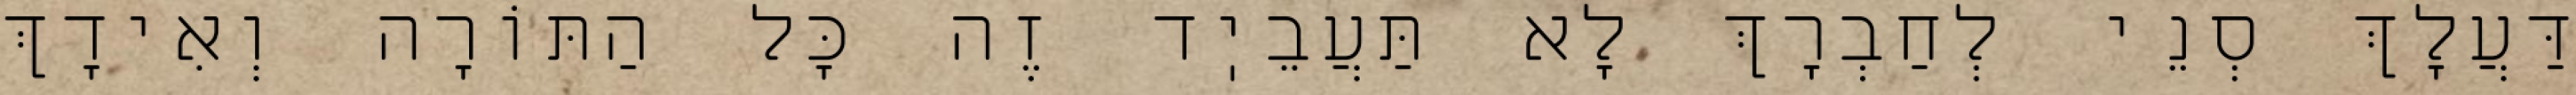
דַּעֲלָךְ סְנֵי לְחַבְרָךְ לָא תַּעֲבֵיֽד זֶה כׇּל הַתּוֹרָה וְאִידָךְ